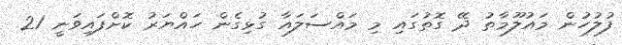
ފުލުހުން މައުލޫމާތު ދޭ ގޮތުގައި މި މައްސަލައާ ގުޅިގެން ހައްޔަރު ކޮށްފައިވަނީ 21